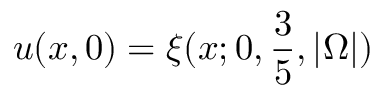
u ( x , 0 ) = \xi ( x ; 0 , \frac { 3 } { 5 } , | \Omega | )